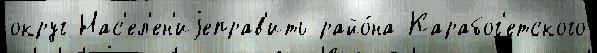
округ Нас'ел'ен'иjеправ'ить райо́на Карабог'етского